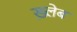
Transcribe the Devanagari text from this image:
ख़्लेब